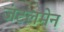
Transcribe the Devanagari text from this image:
जंटलमेन